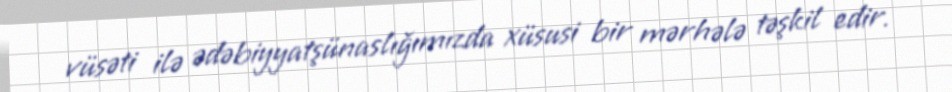
vüsəti ilə ədəbiyyatşünaslığımızda xüsusi bir mərhələ təşkil edir.